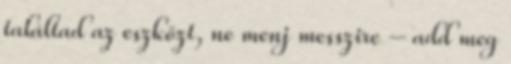
találtad az eszközt, ne menj messzire – add meg